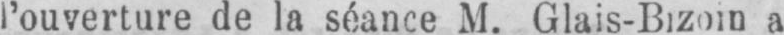
a